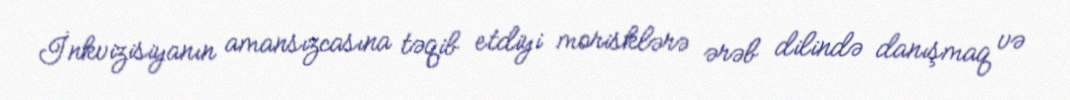
İnkvizisiyanın amansızcasına təqib etdiyi morisklərə ərəb dilində danışmaq və